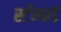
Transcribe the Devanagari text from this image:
स्टॅन्फर्ड